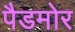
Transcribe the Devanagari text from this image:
पैडमोर